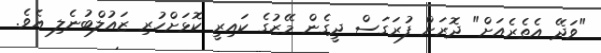
"ވަދޭ އެތެރެއަށް" ދޮރަށް ފުރަގަސް ދީގެން މޭޒުގެ ކައިރީ ކޮޅަށްހުރި ޒައުލްބުނެލި އެވެ.